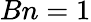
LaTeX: Bn=1